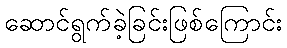
ဆောင်ရွက်ခဲ့ခြင်းဖြစ်ကြောင်း